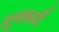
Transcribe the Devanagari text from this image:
गुणकर्मीं